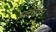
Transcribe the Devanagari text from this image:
ब्लाईटर